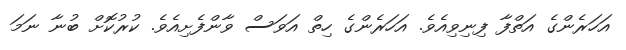
އަހަރެންގެ އަތްފާ ފިނިވިއެވެ. އަހަރެންގެ ހިތް އަވަސް ވާންފެށިއެވެ. ކުރުކޮށް ބުނާ ނަމަ